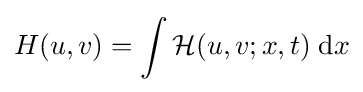
H(u,v)=\int {\mathcal {H}}(u,v;x,t)\;\mathrm {d} x